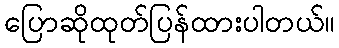
ပြောဆိုထုတ်ပြန်ထားပါတယ်။